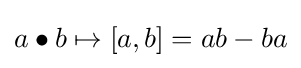
a\bullet b\mapsto [a,b]=ab-ba